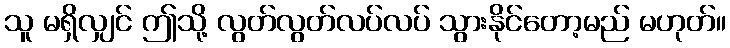
သူ မရှိလျှင် ဤသို့ လွတ်လွတ်လပ်လပ် သွားနိုင်တော့မည် မဟုတ်။